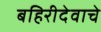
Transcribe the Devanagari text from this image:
बहिरीदेवाचे